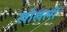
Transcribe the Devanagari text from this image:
खोखलों